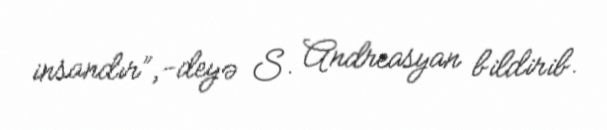
insandır”,-deyə S. Andreasyan bildirib.